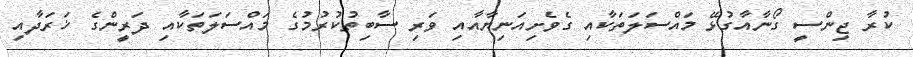
ކުރާ ޖިންސީ ގޯނާއާގުޅޭ މައްސަލަތަކާއި ގެވެށިއަނިޔާއާއި ވަރި ސާބިތުކުރުމުގެ މައްސަލަތަކާއި ދަރީންގެ ޚަރަދާއި